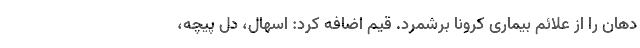
دهان را از علائم بیماری کرونا برشمرد. قیم اضافه کرد: اسهال، دل پیچه،